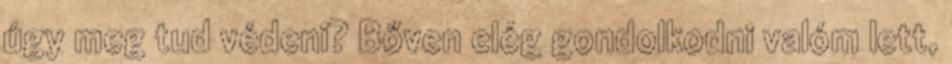
úgy meg tud védeni? Bőven elég gondolkodni valóm lett,